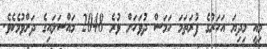
މިއީ މިދިޔަ އަހަރުގެ ފުރަތަމަ ހަމަސް ދުވަހަށް ވުރެ 2048 މައްސަލައިގެ ދަށްވުމެކެވެ.